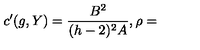
c ^ { \prime } ( g , Y ) = \frac { B ^ { 2 } } { ( h - 2 ) ^ { 2 } A } , \rho =